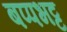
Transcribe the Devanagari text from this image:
बप्पभट्ट